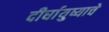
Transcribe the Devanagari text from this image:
दीर्घायुष्याचे